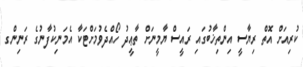
ކުރިއަށް އޮތް ރިޔާސީ އިންތިޚާބުގައި ރައީސް ޔާމީނަށް ތާޢީދު ހޯއްދެވުމަށްޓަކާ އެމަނިކުފާނުގެ ރަނިންގ